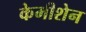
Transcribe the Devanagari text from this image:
केमीशेन